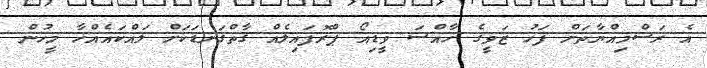
އެ ރަސްމިއްޔާތަށް ފަހު ޒަވީގެ ހާއްސަ ވީޑިއޯ ޕްރޮފައިލެއް ގާތްގަނޑަކަށް ލައްކައެއްހާ މީހުން